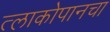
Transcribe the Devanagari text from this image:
त्लाकोपानचा